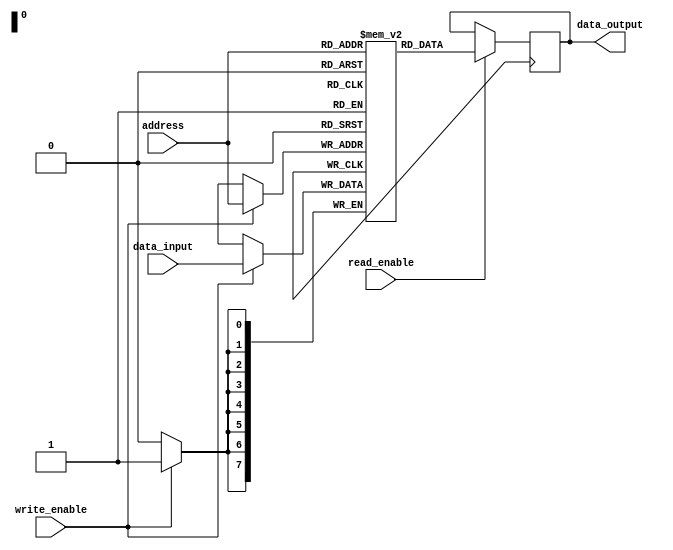
module MemoryBlocks_PCM (
  input [7:0] address,
  input [7:0] data_input,
  input read_enable,
  input write_enable,
  output reg [7:0] data_output
);

reg [7:0] memory [0:255];

always @(posedge clock) begin
  if (read_enable) begin
    data_output <= memory[address];
  end
  
  if (write_enable) begin
    memory[address] <= data_input;
  end
end

endmodule